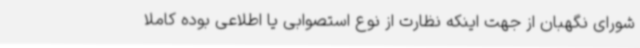
شورای نگهبان از جهت اینکه نظارت از نوع استصوابی یا اطلاعی بوده کاملا